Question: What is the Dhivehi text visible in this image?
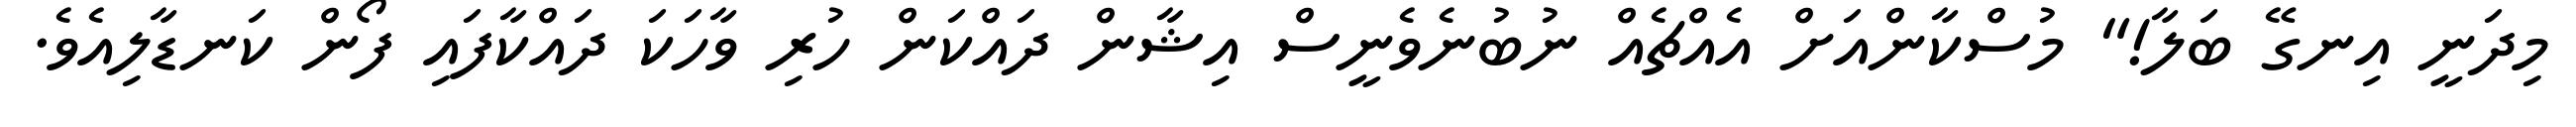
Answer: މިދަނީ އިނގޭ ބަލާ!" މުސްކާންއަށް އެއްޗެއް ނުބުނެވެނީސް އިޝާން ދައްކަން ހުރި ވާހަކަ ދައްކާފައި ފޯން ކަނޑާލިއެވެ.